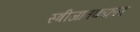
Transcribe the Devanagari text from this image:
स्त्रीजातकफ़ल